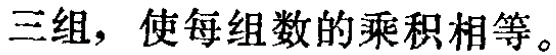
三组，使每组数的乘积相等。